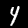
Label: 4